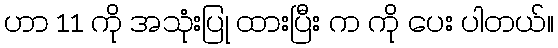
ဟာ 11 ကို အသုံးပြု ထားပြီး က ကို ပေး ပါတယ်။